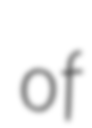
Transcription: of